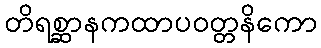
တိရစ္ဆာနကထာပဝတ္တနိကော